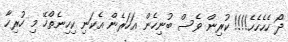
ދޯ ހެހެހެހެ!!!! ކުރިން ވެސް ބުނިހެން އަހަރެން އެކަނި ކިހިނެތްހޭ މި ހުރިހާ